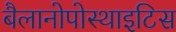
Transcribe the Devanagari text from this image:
बैलानोपोस्थाइटिस